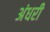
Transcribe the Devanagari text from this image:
अंधरी